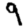
Digit: 9